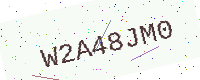
Text: W2A48JM0